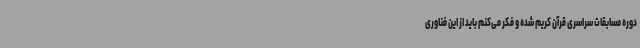
دوره مسابقات سراسری قرآن کریم شده و فکر می‌کنم باید از این فناوری